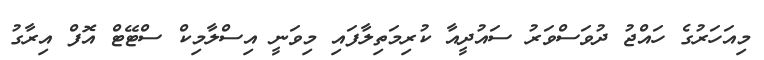
މިއަހަރުގެ ހައްޖު ދުވަސްވަރު ސައުދީއާ ކުރިމަތިލާފައި މިވަނީ އިސްލާމިކް ސްޓޭޓް އޮފް އިރާގު